画像に写った文字を読んでください
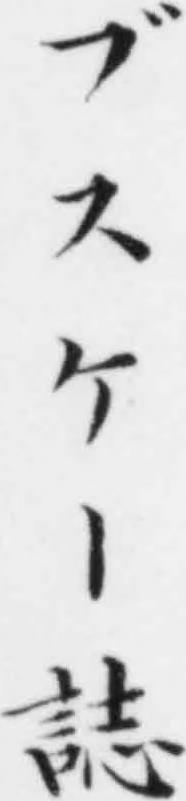
「ブスケー誌」と書いてあります